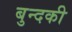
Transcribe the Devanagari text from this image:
बुन्दकी